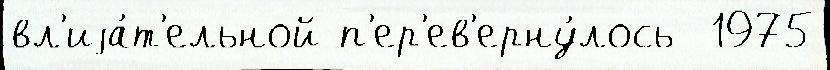
вл'иjа́т'ельной п'ер'ев'ерну́лось  1975